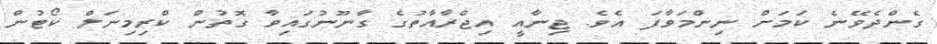
ގެންދެވޭނެ ކަމަށް ނިންމަވާފަ އެވެ. ޖިނާއީ އިޖްރާއާތުގެ ގާނޫނުގައިވާ ގޮތުން ކްރިމިނަލް ކޯޓުން